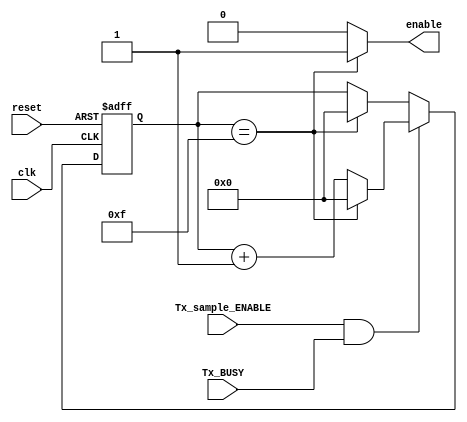
//Module for the counter for counting 16times the Tx_Sample_enable is one
//Author Tselepi Eleni 03272

module counter(clk,reset,Tx_sample_ENABLE,Tx_BUSY,enable);

input clk,reset;
input Tx_sample_ENABLE ,Tx_BUSY;
output reg enable; //the output signal that the counter has come to an end 

reg [3:0] counter=4'b0000; //the counter for the 16 times 

//this is the counter for counting 16times the Tx_Sample_Enable has come
always@(posedge clk or posedge reset)
begin
  if(reset)
  begin
    counter<=0;
  end
  else if (Tx_sample_ENABLE && Tx_BUSY) //when tx_busy then the transmitter has began sending data
  begin
    counter<=(counter==4'b1111)?0:counter+1;
  end
  else
  begin
    counter<=(counter==4'b1111)?0:counter;
  end
   
end

//when counter reaches 15 then enable is 1 
always@(counter)
begin
  if(counter==4'b1111) 
    enable=1'b1;
  else
    enable=1'b0;
end





endmodule